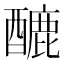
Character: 𨢷